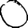
Digit: 0